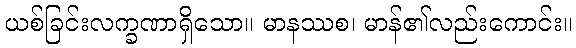
ယစ်ခြင်းလက္ခဏာရှိသော။ မာနဿစ၊ မာန်၏လည်းကောင်း။